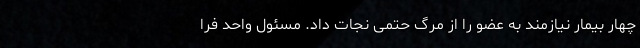
چهار بیمار نیازمند به عضو را از مرگ حتمی نجات داد. مسئول واحد فرا